Civil Veterinary Dept. Bombay admin report 1900-1906 - 1900-1906
Year: 1900
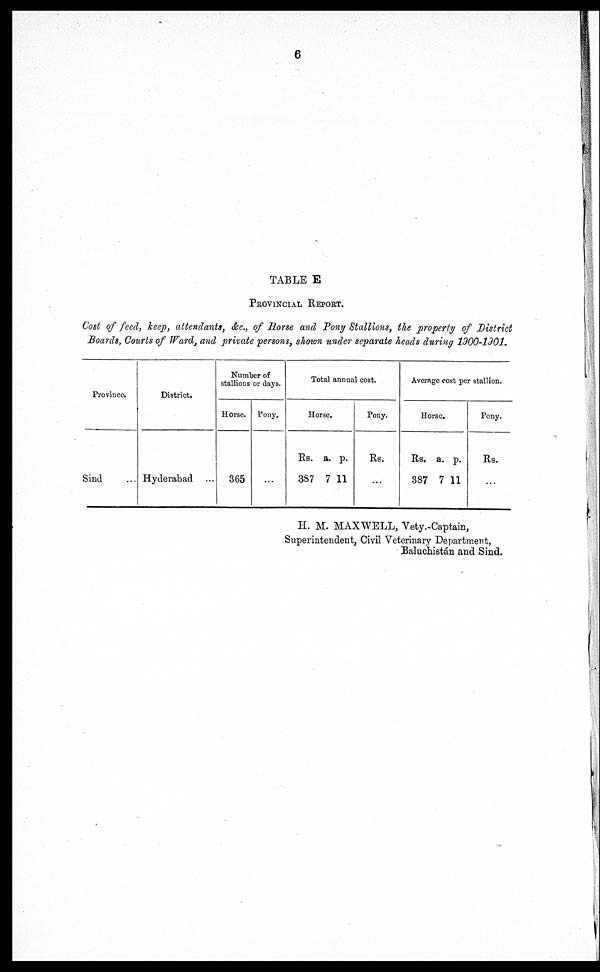
TABLE E
PROVINCIAL REPORT.
Cost of feed, keep, attendants, &c., of Horse and Tony Stallions, the property of District
Boards, Courts of Ward, and private persons, shown under separate heads during 1900-1901.
Province.
Sind ...
District.
Hyderabad ...
Number of
stallions or days.
Horse.
365
Pony.
...
Total animal cost.
Horse.
Rs.
387
a.
7
p.
11
Pony.
Rs.
...
Average cost per stallion.
Horse.
Rs.
387
a.
7
p.
11
Pony.
Rs.
...
H. M. MAXWELL, Vety.-Captain,
Superintendent, Civil Veterinary Department,
Baluchistan and Sind.